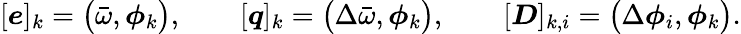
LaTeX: [\boldsymbol{e}]_{k}=\big(\bar{\omega},\boldsymbol{\phi}_{k}\big),\qquad[\boldsymbol{q}]_{k}=\big(\Delta\bar{\omega},\boldsymbol{\phi}_{k}\big),\qquad[\boldsymbol{D}]_{k,i}=\big(\Delta\boldsymbol{\phi}_{i},\boldsymbol{\phi}_{k}\big).